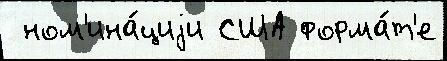
 ном'ина́циjи США форма́т'е